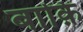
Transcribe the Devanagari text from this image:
बाक़ि